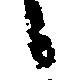
候